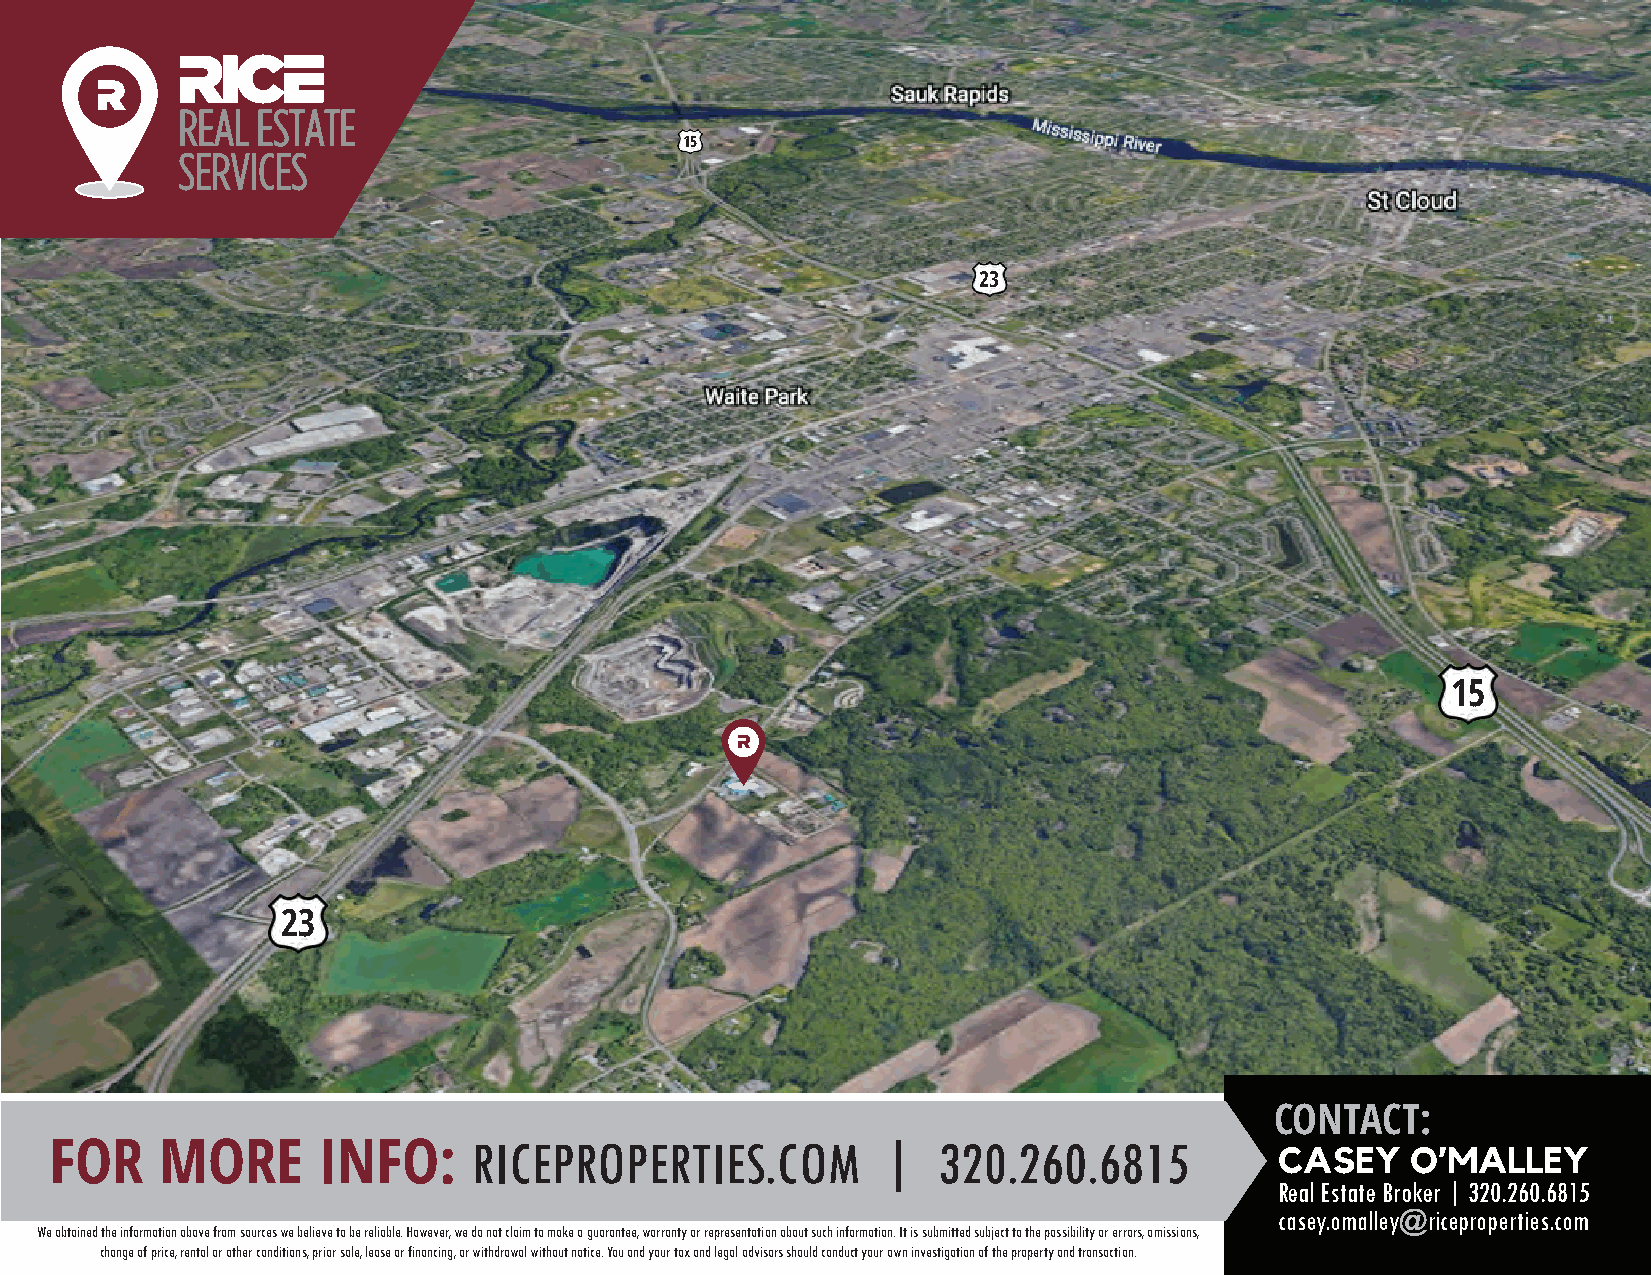
15
 23
 15
 23
 CONTACT:
 FOR     MORE      INFO:     RICEPROPERTIES.COM         |   320.260.6815           CASEY   O’MALLEY
 Real Estate Broker | 320.260.6815
 casey.omalley@riceproperties.com
 We obtained the information above from sources we believe to be reliable. However, we do not claim to make a guarantee, warranty or representation about such information. It is submitted subject to the possibility or errors, omissions,
 change of price, rental or other conditions, prior sale, lease or financing, or withdrawal without notice. You and your tax and legal advisors should conduct your own investigation of the property and transaction.